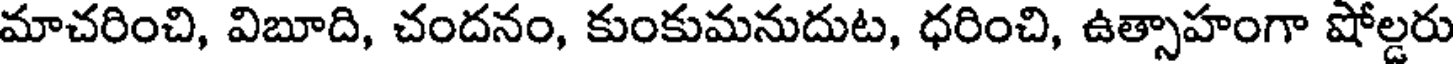
మాచరించి, విబూది, చందనం, కుంకుమనుదుట, ధరించి, ఉత్సాహంగా షోల్డరు